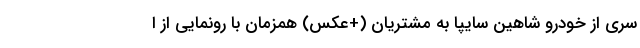
سری از خودرو شاهين سایپا به مشتريان (+عکس) همزمان با رونمایی از ا